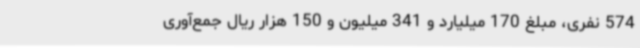
574 نفری، مبلغ 170 میلیارد و 341 میلیون و 150 هزار ریال جمع‌آوری